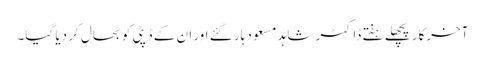
آخرکار پچھلے ہفتے ڈاکٹر شاہد مسعود ہار گئے اور ان کے ڈپٹی کو بحال کر دیا گیا۔